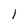
Character: l